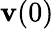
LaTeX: \mathbf{v}(0)